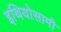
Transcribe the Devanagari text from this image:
इथियोसामी